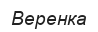
Веренка